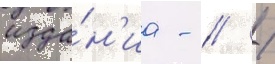
изда́н'иа - // /